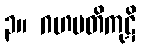
၃။ ဂဟပတိကုဋိ